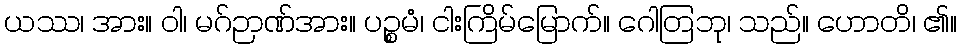
ယဿ၊ အား။ ဝါ၊ မဂ်ဉာဏ်အား။ ပဉ္စမံ၊ ငါးကြိမ်မြောက်။ ဂေါတြဘု၊ သည်။ ဟောတိ၊ ၏။